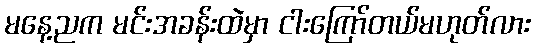
မနေ့ညက မင်းအခန်းထဲမှာ ငါးကြော်တယ်မဟုတ်လား